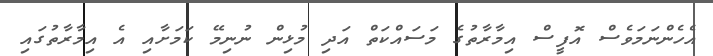
އެހެންނަމަވެސް އޮފީސް އިމާރާތުގެ މަސައްކަތް އަދި މުޅިން ނުނިމޭ ކަމަށާއި އެ އިމާރާތުގައި